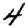
Digit: 4